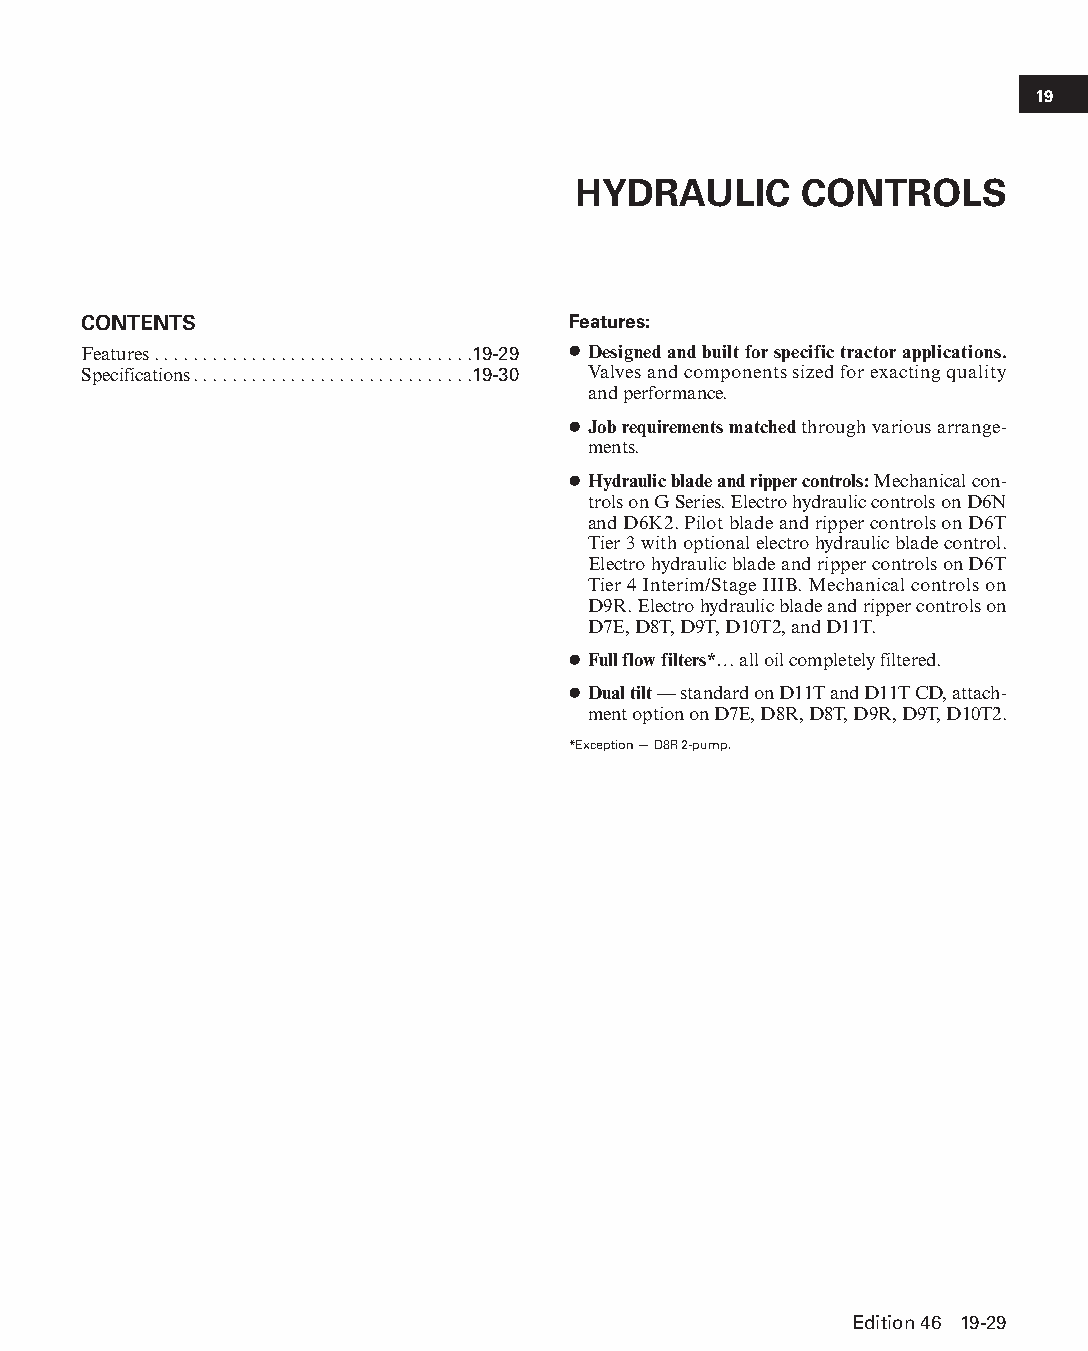
19
 HYDRAULIC      CONTROLS
 CONTENTS                        Features:
 Features . . . . . . . . . . . . . . . . . . . . . . . . . . . . . . . . .19-29 ● Designed and built for specific tractor applications.
 Specifications. . . . . . . . . . . . . . . . . . . . . . . . . . . . .19-30 Valves and components sized for exacting quality
 and performance.
 ● Job requirements matched through various arrange-
 ments.
 ● Hydraulic blade and ripper controls: Mechanical con-
 trols on G Series. Electro hydraulic controls on D6N
 and D6K2. Pilot blade and ripper controls on D6T
 Tier 3 with optional electro hydraulic blade con trol.
 Electro hydraulic blade and ripper controls on D6T
 Tier 4 Interim/Stage IIIB. Mechanical cont rols on
 D9R. Electro hydrau lic blade and ripper con trols on
 D7E, D8T, D9T, D10T2, and D11T.
 ● Full flow filters*… all oil completely filtered.
 ● Dual tilt — standard on D11T and D11T CD, attach-
 ment option on D7E, D8R, D8T, D9R, D9T, D10T2.
 *Exception — D8R 2-pump.
 Edition 46 19-29
 PPHHBB--SSeecc1199--TTTTTT--22--HHyyddrraauulliiccCCoonnttrroollss((ppgg2299--3322))..iinndddd 2299 1122//44//1155 1100::5599 AAMM